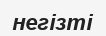
негізті